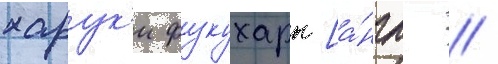
харук'и фукухары [а́нгл. //